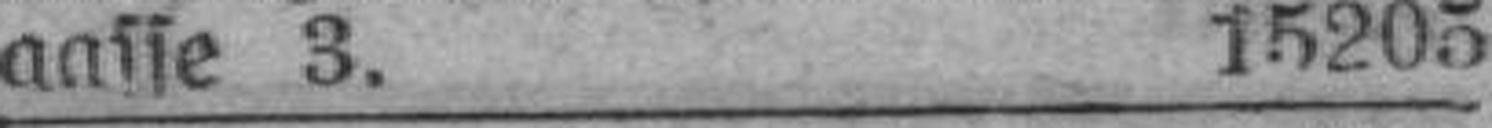
gasse 3. 15205